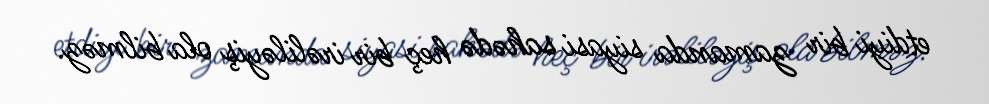
etdiyi bir zamanda siyasi sahədə heç bir irəliləyiş ola bilməz.